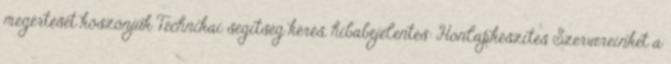
megértését köszönjük Technikai segítség kérés, hibabejelentés: Honlapkészítés Szervereinket a